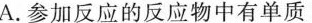
A.参加反应的反应物中有单质